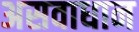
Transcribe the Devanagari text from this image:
असवाधान